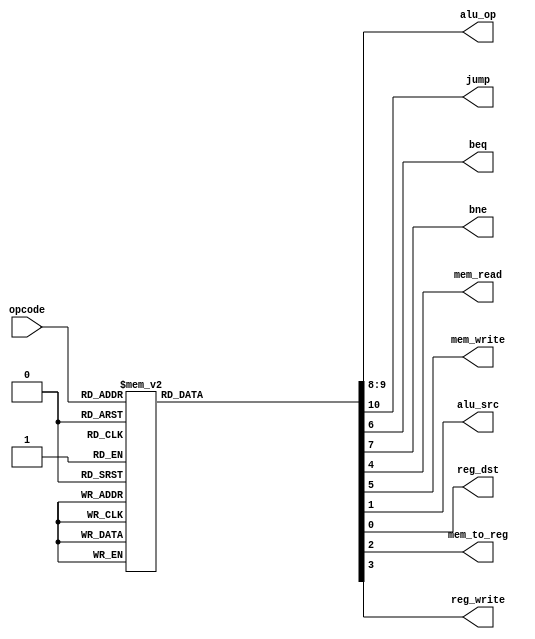
/****************************************************************************************

	File name    : Control_Unit.v
	LastEditors  : H
	LastEditTime : 2021-09-25 12:21:26
	Last Version : 1.0
	Description  : 
	
	----------------------------------------------------------------------------------------
	
	Author       : H
	Date         : 2021-09-25 12:21:24
	FilePath     : \RISCV_Project\rtl\Control_Unit.v
	Copyright 2021 H, All Rights Reserved. 

****************************************************************************************/
module Control_Unit (
    input   [3:0]   opcode,
    output  reg [1:0]   alu_op,
    output  reg         jump,
                        beq,
                        bne,
                        mem_read,
                        mem_write,
                        alu_src,
                        reg_dst,
                        mem_to_reg,
                        reg_write
);
    always @(*) begin
        case (opcode)
            4'b0000: begin
                reg_dst = 1'b0;
                alu_src = 1'b1;
                mem_to_reg = 1'b1;
                reg_write = 1'b1;
                mem_read = 1'b1;
                mem_write = 1'b0;
                beq = 1'b0;
                bne = 1'b0;
                alu_op = 2'b10;
                jump = 1'b0;   
            end
             4'b0001:  // SW
                begin
                    reg_dst = 1'b0;
                    alu_src = 1'b1;
                    mem_to_reg = 1'b0;
                    reg_write = 1'b0;
                    mem_read = 1'b0;
                    mem_write = 1'b1;
                    beq = 1'b0;
                    bne = 1'b0;
                    alu_op = 2'b10;
                    jump = 1'b0;   
                end
            4'b0010:  // data_processing
                begin
                    reg_dst = 1'b1;
                    alu_src = 1'b0;
                    mem_to_reg = 1'b0;
                    reg_write = 1'b1;
                    mem_read = 1'b0;
                    mem_write = 1'b0;
                    beq = 1'b0;
                    bne = 1'b0;
                    alu_op = 2'b00;
                    jump = 1'b0;   
                end
            4'b0011:  // data_processing
                begin
                    reg_dst = 1'b1;
                    alu_src = 1'b0;
                    mem_to_reg = 1'b0;
                    reg_write = 1'b1;
                    mem_read = 1'b0;
                    mem_write = 1'b0;
                    beq = 1'b0;
                    bne = 1'b0;
                    alu_op = 2'b00;
                    jump = 1'b0;   
                end
            4'b0100:  // data_processing
                begin
                    reg_dst = 1'b1;
                    alu_src = 1'b0;
                    mem_to_reg = 1'b0;
                    reg_write = 1'b1;
                    mem_read = 1'b0;
                    mem_write = 1'b0;
                    beq = 1'b0;
                    bne = 1'b0;
                    alu_op = 2'b00;
                    jump = 1'b0;   
                end
            4'b0101:  // data_processing
                begin
                    reg_dst = 1'b1;
                    alu_src = 1'b0;
                    mem_to_reg = 1'b0;
                    reg_write = 1'b1;
                    mem_read = 1'b0;
                    mem_write = 1'b0;
                    beq = 1'b0;
                    bne = 1'b0;
                    alu_op = 2'b00;
                    jump = 1'b0;   
                end
            4'b0101:  // data_processing
                begin
                    reg_dst = 1'b1;
                    alu_src = 1'b0;
                    mem_to_reg = 1'b0;
                    reg_write = 1'b1;
                    mem_read = 1'b0;
                    mem_write = 1'b0;
                    beq = 1'b0;
                    bne = 1'b0;
                    alu_op = 2'b00;
                    jump = 1'b0;   
                end
            4'b0110:  // data_processing
                begin
                    reg_dst = 1'b1;
                    alu_src = 1'b0;
                    mem_to_reg = 1'b0;
                    reg_write = 1'b1;
                    mem_read = 1'b0;
                    mem_write = 1'b0;
                    beq = 1'b0;
                    bne = 1'b0;
                    alu_op = 2'b00;
                    jump = 1'b0;   
                end
            4'b0111:  // data_processing
                begin
                    reg_dst = 1'b1;
                    alu_src = 1'b0;
                    mem_to_reg = 1'b0;
                    reg_write = 1'b1;
                    mem_read = 1'b0;
                    mem_write = 1'b0;
                    beq = 1'b0;
                    bne = 1'b0;
                    alu_op = 2'b00;
                    jump = 1'b0;   
                end
            4'b1000:  // data_processing
                begin
                    reg_dst = 1'b1;
                    alu_src = 1'b0;
                    mem_to_reg = 1'b0;
                    reg_write = 1'b1;
                    mem_read = 1'b0;
                    mem_write = 1'b0;
                    beq = 1'b0;
                    bne = 1'b0;
                    alu_op = 2'b00;
                    jump = 1'b0;   
                end
            4'b1001:  // data_processing
                begin
                    reg_dst = 1'b1;
                    alu_src = 1'b0;
                    mem_to_reg = 1'b0;
                    reg_write = 1'b1;
                    mem_read = 1'b0;
                    mem_write = 1'b0;
                    beq = 1'b0;
                    bne = 1'b0;
                    alu_op = 2'b00;
                    jump = 1'b0;   
                end
            4'b1011:  // BEQ
                begin
                    reg_dst = 1'b0;
                    alu_src = 1'b0;
                    mem_to_reg = 1'b0;
                    reg_write = 1'b0;
                    mem_read = 1'b0;
                    mem_write = 1'b0;
                    beq = 1'b1;
                    bne = 1'b0;
                    alu_op = 2'b01;
                    jump = 1'b0;   
                end
            4'b1100:  // BNE
                begin
                    reg_dst = 1'b0;
                    alu_src = 1'b0;
                    mem_to_reg = 1'b0;
                    reg_write = 1'b0;
                    mem_read = 1'b0;
                    mem_write = 1'b0;
                    beq = 1'b0;
                    bne = 1'b1;
                    alu_op = 2'b01;
                    jump = 1'b0;   
                end
            4'b1101:  // J
                begin
                    reg_dst = 1'b0;
                    alu_src = 1'b0;
                    mem_to_reg = 1'b0;
                    reg_write = 1'b0;
                    mem_read = 1'b0;
                    mem_write = 1'b0;
                    beq = 1'b0;
                    bne = 1'b0;
                    alu_op = 2'b00;
                    jump = 1'b1;   
                end   
            default: begin
                    reg_dst = 1'b1;
                    alu_src = 1'b0;
                    mem_to_reg = 1'b0;
                    reg_write = 1'b1;
                    mem_read = 1'b0;
                    mem_write = 1'b0;
                    beq = 1'b0;
                    bne = 1'b0;
                    alu_op = 2'b00;
                    jump = 1'b0; 
                end
        endcase
    end
endmodule